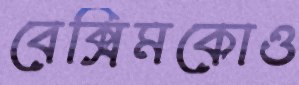
বেক্সিমকোও